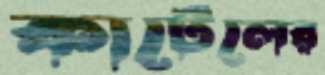
কার্টেলের